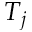
T _ { j }